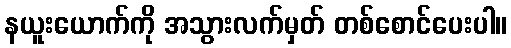
နယူးယောက်ကို အသွားလက်မှတ် တစ်စောင်ပေးပါ။